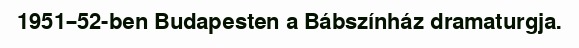
1951–52-ben Budapesten a Bábszínház dramaturgja.